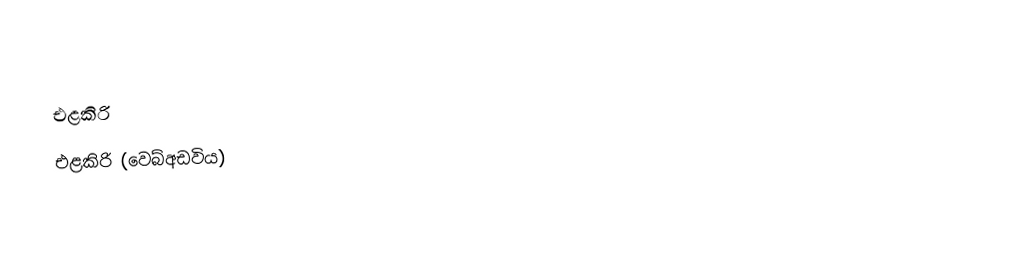
එළකිරි
 එළකිරි (වෙබ්අඩවිය)